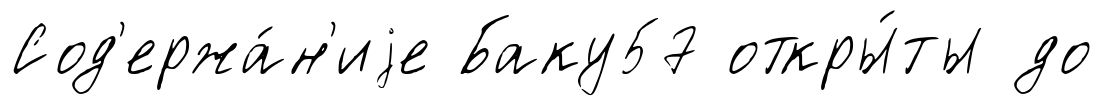
Сод'ержа́н'иjе Баку57 откры́ты до